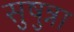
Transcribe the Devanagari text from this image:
सुषुन्ना